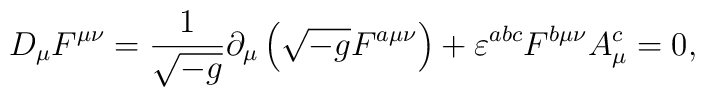
D_\mu F^{\mu\nu} = \frac{1}{\sqrt{-g}}\partial _\mu \left (\sqrt {-g} F^{a\mu\nu}\right ) + \varepsilon^{abc} F^{b\mu\nu} A^c_{\mu} = 0,